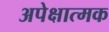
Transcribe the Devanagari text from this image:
अपेक्षात्मक